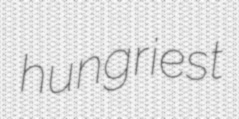
hungriest